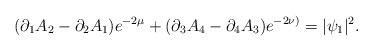
LaTeX: \begin{align*}(\partial_{1}A_{2} - \partial_{2}A_{1})e^{-2\mu} +(\partial_{3}A_{4} - \partial_{4}A_{3}) e^{-2\nu)}=|\psi_{1}|^{2}.\end{align*}